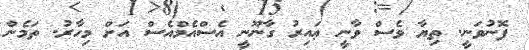
ފޮނުވަނީ. ތިޔާ ވެސް ވާނީ ޢައިރު ގާނޫނީ އެސްއެމްއެސް އަށް މިހާރު. ތަމެން